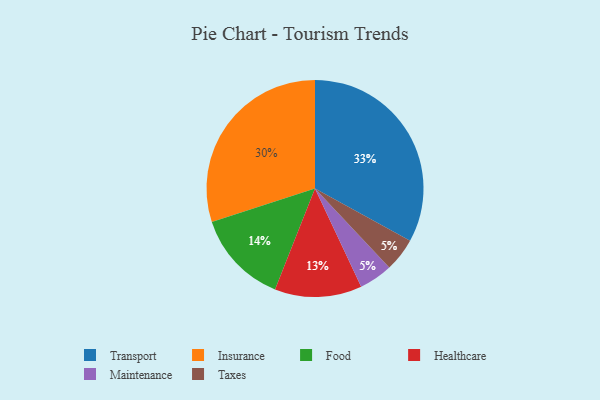
{"axis": {"x": "Category", "y": "Percentage"}, "legend": ["Food", "Healthcare", "Insurance", "Maintenance", "Taxes", "Transport"], "data": [{"x": "Insurance", "y": 30, "type": "Insurance"}, {"x": "Food", "y": 14, "type": "Food"}, {"x": "Maintenance", "y": 5, "type": "Maintenance"}, {"x": "Taxes", "y": 5, "type": "Taxes"}, {"x": "Transport", "y": 33, "type": "Transport"}, {"x": "Healthcare", "y": 13, "type": "Healthcare"}]}